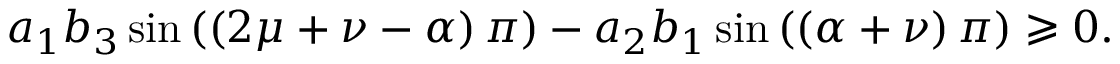
a _ { 1 } b _ { 3 } \sin \left( \left( 2 \mu + \nu - \alpha \right) \pi \right) - a _ { 2 } b _ { 1 } \sin \left( \left( \alpha + \nu \right) \pi \right) \geqslant 0 .